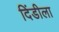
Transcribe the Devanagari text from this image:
दिंडीला